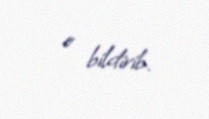
o bildirib.